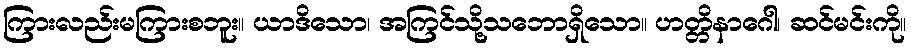
ကြားလည်းမကြားစဘူး။ ယာဒိသော၊ အကြင်သို့သဘောရှိသော။ ဟတ္တိနာဂေါ၊ ဆင်မင်းကို။